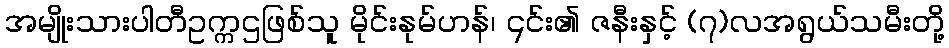
အမျိုးသားပါတီဥက္ကဌဖြစ်သူ မိုင်းနုမ်ဟန်၊ ၎င်း၏ ဇနီးနှင့် (၇)လအရွယ်သမီးတို့